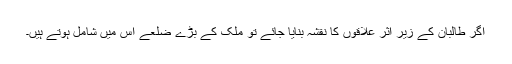
اگر طالبان کے زیر اثر علاقوں کا نقشہ بنایا جائے تو ملک کے بڑے ضلعے اس میں شامل ہوتے ہیں۔